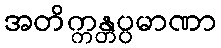
အတိက္ကန္တပ္ပမာဏာ